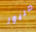
صنبور